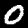
Label: 0